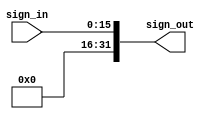
module sign_extend(sign_in,sign_out);

input [0:15] sign_in;
output [0:31] sign_out;

assign sign_out[16:31] = sign_in[0:15];
assign sign_out[0:15] = 1'b0;

endmodule